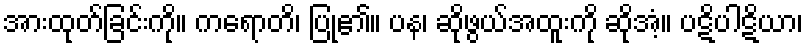
အားထုတ်ခြင်းကို။ ကရောတိ၊ ပြု၏။ ပန၊ ဆိုဖွယ်အထူးကို ဆိုအံ့။ ပဋိပါဋိယာ၊